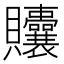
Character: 𬥲